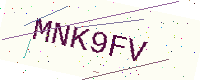
Text: MNK9FV